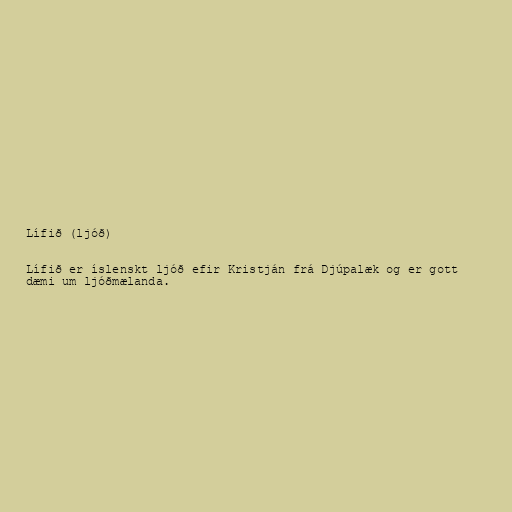
Lífið (ljóð)

Lífið er íslenskt ljóð efir Kristján frá Djúpalæk og er gott
dæmi um ljóðmælanda.